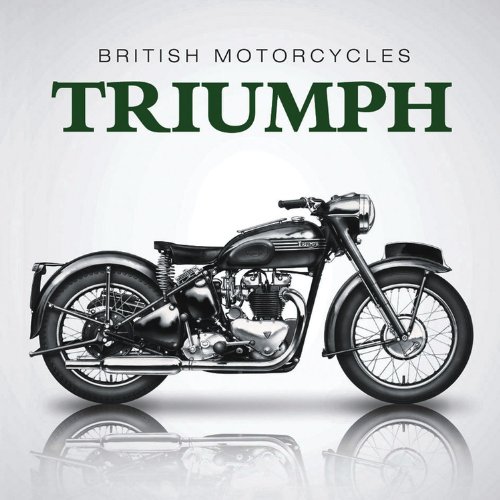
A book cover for British Motorcycles Triumph (Little Books); James Robinson; Engineering & Transportation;